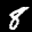
Label: 8